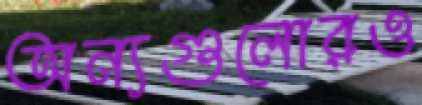
অন্যগুলোরও